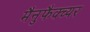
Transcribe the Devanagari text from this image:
मैनुफैक्च्यर